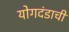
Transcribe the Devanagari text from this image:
योगदंडाची